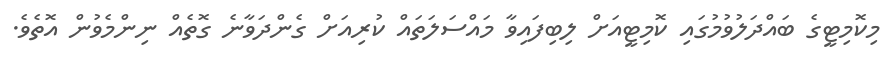
މިކޮމިޓީގެ ބައްދަލުވުމުގައި ކޮމިޓީއަށް ލިބިފައިވާ މައްސަލަތައް ކުރިއަށް ގެންދަވާނެ ގޮތެއް ނިންމެވުން އޮތެވެ.